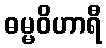
ဓမ္မဝိဟာရီ